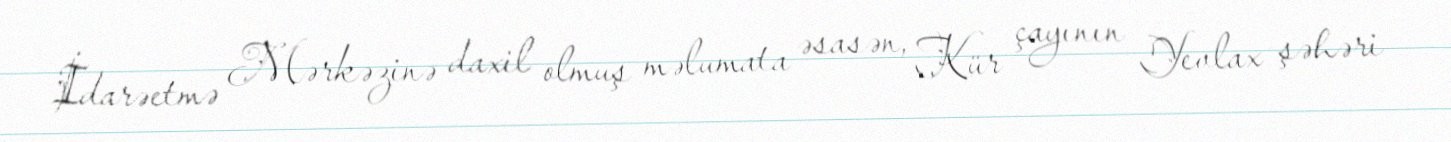
İdarəetmə Mərkəzinə daxil olmuş məlumata əsasən, Kür çayının Yevlax şəhəri